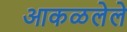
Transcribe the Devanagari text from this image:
आकळलेले